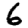
Digit: 6